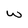
Character: w